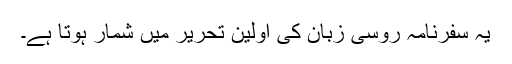
یہ سفرنامہ روسی زبان کی اولین تحریر میں شمار ہوتا ہے۔